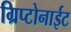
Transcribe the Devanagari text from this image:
ग्रिप्टोनाईट